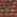
س